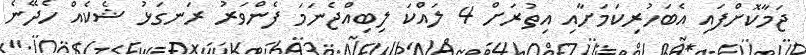
ޖަމާކޮށްފައި އެބަހުރިކަމަށާއި އިތުރަށް 4 ލައްކަ ލިބިއްޖެނަމަ ފެންވަރު ރަނގަޅު ޝެކެއް ހެދޭނެ